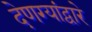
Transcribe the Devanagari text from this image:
देणग्यांद्वारे